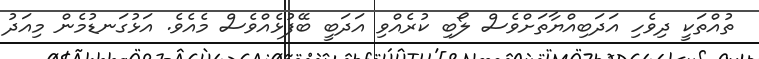
ތުއްތަކީ ދިވެހި އަދަބިއްޔާތަށްވެސް ލޯބި ކުރެއްވި އަދަބީ ބޭފުޅެއްވެސް މެއެވެ. އަޅުގަނޑުމެން މިއަދު